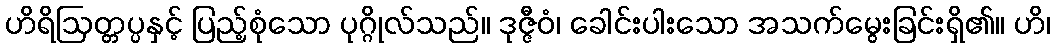
ဟိရိဩတ္တပ္ပနှင့် ပြည့်စုံသော ပုဂ္ဂိုလ်သည်။ ဒုဇ္ဇီဝံ၊ ခေါင်းပါးသော အသက်မွေးခြင်းရှိ၏။ ဟိ၊